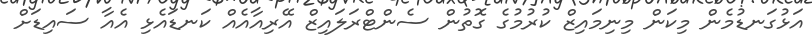
އަޅުގަނޑުމެން މިކަން މިނިމައިޒް ކުރުމުގެ ގޮތުން ސެންޓްރަލައިޒް އޭރިއާއެއް ކަނޑައެޅި އެއާ ސައިޑަށް